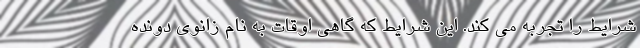
شرایط را تجربه می کند. این شرایط که گاهی اوقات به نام زانوی دونده